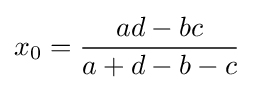
x_{0}={\frac {ad-bc}{a+d-b-c}}